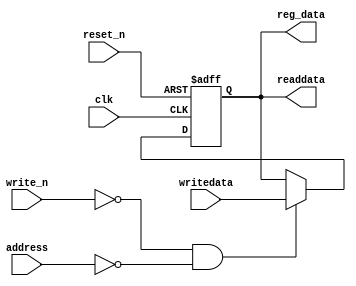
module RegMask 
	(
		input wire clk,
		input wire reset_n,
		input wire write_n,
		input wire address,
		input wire[31:0] writedata,
		output wire[31:0] readdata,
		
		output wire[31:0] reg_data
	);

	reg[31:0] regmask;
	
always @(posedge clk or negedge reset_n)
begin
	if(reset_n == 0) 
		regmask <= 0;
	else if(~write_n && address == 0)
		regmask <= writedata;
end

assign readdata = regmask;
assign reg_data = readdata;

endmodule